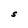
Character: S